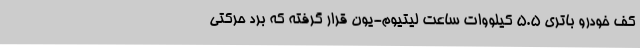
کف خودرو باتری 5.5 کیلووات ساعت لیتیوم-یون قرار گرفته که برد حرکتی